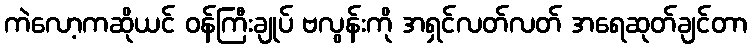
ကဲလော့ကဆိုယင် ဝန်ကြီးချုပ် ဗလွန်းကို အရှင်လတ်လတ် အရေဆုတ်ချင်တာ